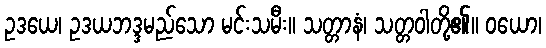
ဥဒယေ၊ ဥဒယဘဒ္ဒမည်သော မင်းသမီး။ သတ္တာနံ၊ သတ္တဝါတို့၏။ ဝယော၊